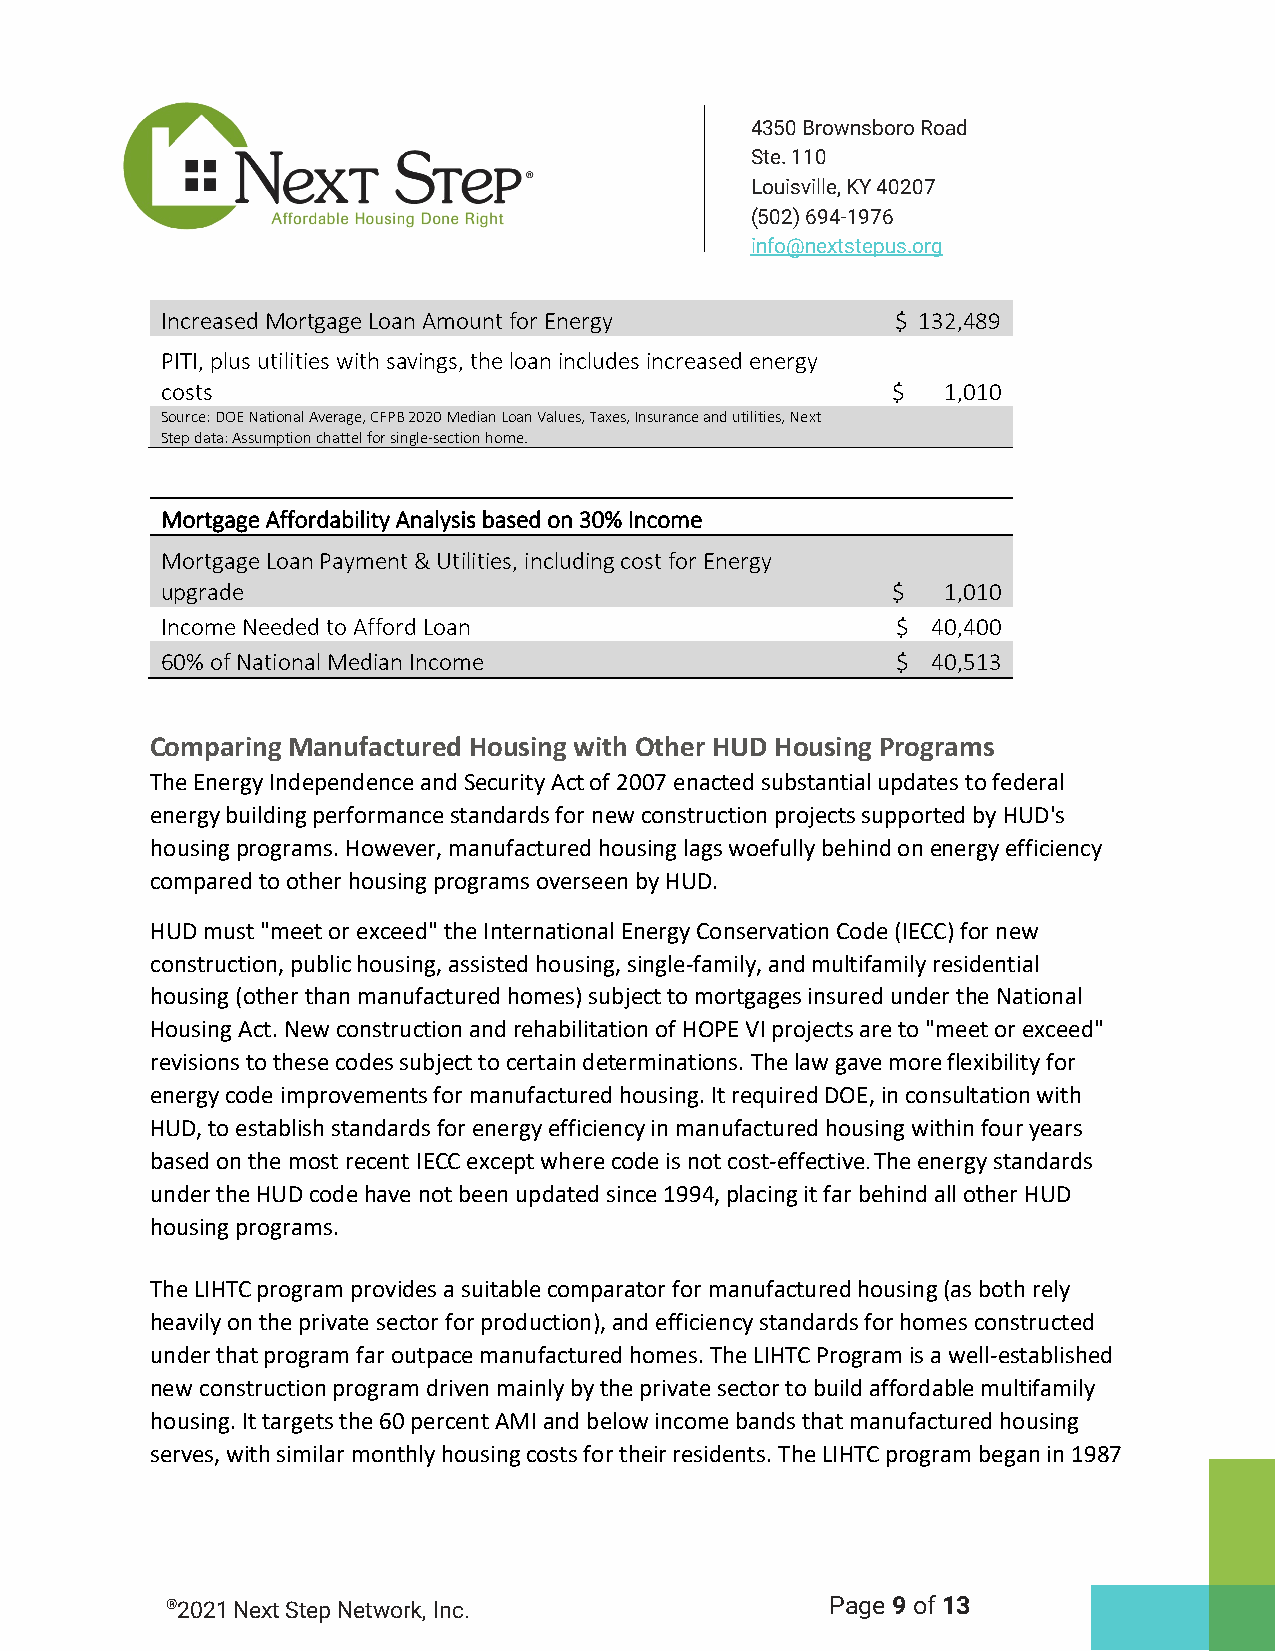
4350 Brownsboro Road
 Ste. 110
 Louisville, KY 40207
 (502) 694-1976
 info@nextstepus.org
 Increased Mortgage Loan Amount for Energy       $ 132,489
 PITI, plus utilities with savings, the loan includes increased energy
 costs                                           $   1,010
 Source: DOE National Average, CFPB 2020 Median Loan Values, Taxes, Insurance and utilities, Next
 Step data: Assumption chattel for single-section home.
 Mortgage Affordability Analysis based on 30% Income
 Mortgage Loan Payment & Utilities, including cost for Energy
 upgrade                                         $   1,010
 Income Needed to Afford Loan                    $  40,400
 60% of National Median Income                   $  40,513
 Comparing Manufactured Housing with Other HUD Housing Programs
 The Energy Independence and Security Act of 2007 enacted substantial updates to federal
 energy building performance standards for new construction projects supported by HUD's
 housing programs. However, manufactured housing lags woefully behind on energy efficiency
 compared to other housing programs overseen by HUD.
 HUD must "meet or exceed" the International Energy Conservation Code (IECC) for new
 construction, public housing, assisted housing, single-family, and multifamily residential
 housing (other than manufactured homes) subject to mortgages insured under the National
 Housing Act. New construction and rehabilitation of HOPE VI projects are to "meet or exceed"
 revisions to these codes subject to certain determinations. The law gave more flexibility for
 energy code improvements for manufactured housing. It required DOE, in consultation with
 HUD, to establish standards for energy efficiency in manufactured housing within four years
 based on the most recent IECC except where code is not cost-effective. The energy standards
 under the HUD code have not been updated since 1994, placing it far behind all other HUD
 housing programs.
 The LIHTC program provides a suitable comparator for manufactured housing (as both rely
 heavily on the private sector for production), and efficiency standards for homes constructed
 under that program far outpace manufactured homes. The LIHTC Program is a well-established
 new construction program driven mainly by the private sector to build affordable multifamily
 housing. It targets the 60 percent AMI and below income bands that manufactured housing
 serves, with similar monthly housing costs for their residents. The LIHTC program began in 1987
 ®2021 Next Step Network, Inc.               Page 9 of 13